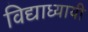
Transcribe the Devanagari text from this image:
विद्याध्यायी